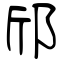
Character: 邤